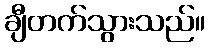
ချီတက်သွားသည်။